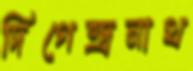
দিগেন্দ্রনাথ